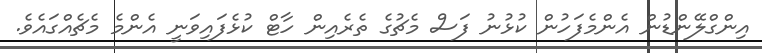
އިންގްލޭންޑުން އެންމެފަހުން ކުޅުނު ފަސް މެޗުގެ ތެރެއިން ހާޓް ކުޅެފައިވަނީ އެންމެ މެޗެއްގައެވެ.